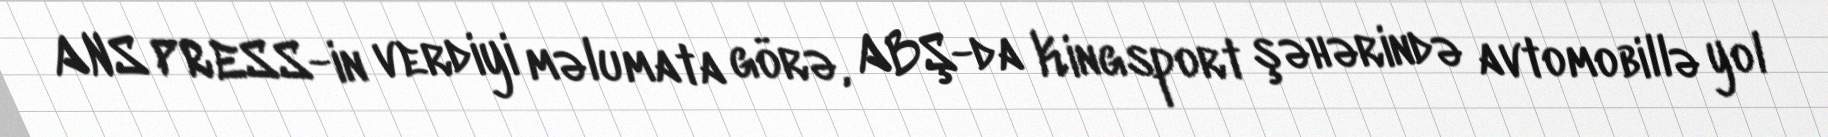
ANS PRESS-in verdiyi məlumata görə, ABŞ-da Kingsport şəhərində avtomobillə yol